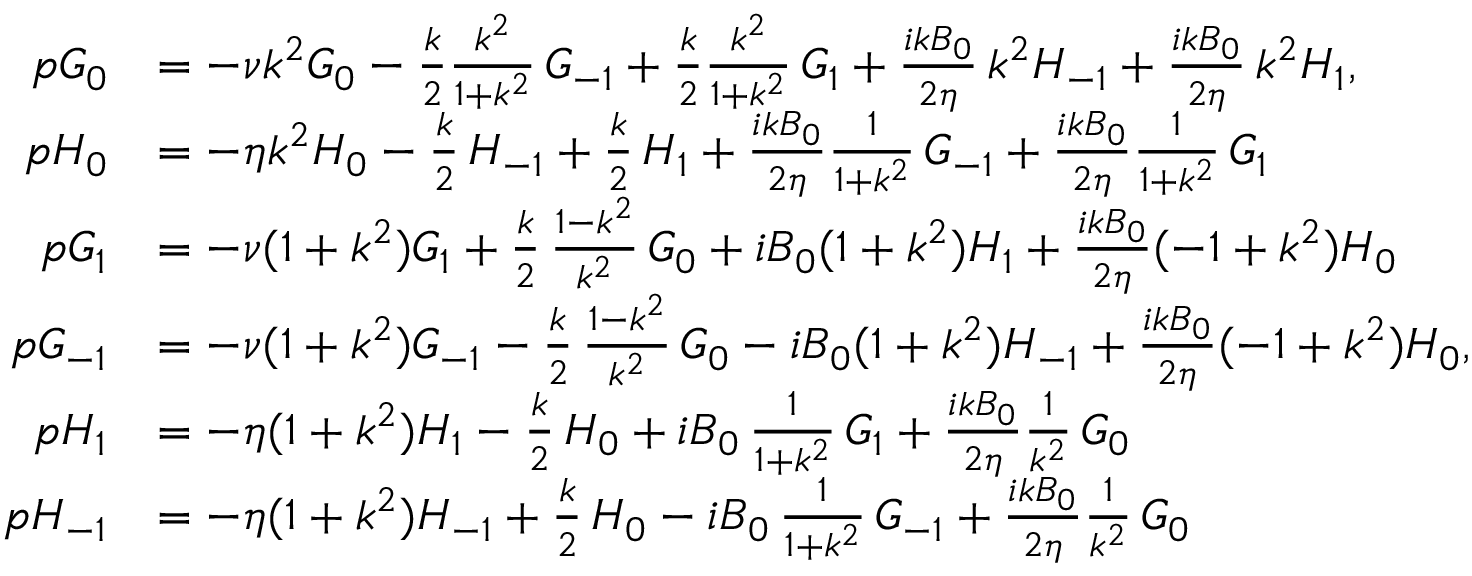
\begin{array} { r l } { p G _ { 0 } } & { = - \nu k ^ { 2 } G _ { 0 } - \frac { k } { 2 } \frac { k ^ { 2 } } { 1 + k ^ { 2 } } \, G _ { - 1 } + \frac { k } { 2 } \frac { k ^ { 2 } } { 1 + k ^ { 2 } } \, G _ { 1 } + \frac { i k B _ { 0 } } { 2 \eta } \, k ^ { 2 } H _ { - 1 } + \frac { i k B _ { 0 } } { 2 \eta } \, k ^ { 2 } H _ { 1 } , } \\ { p H _ { 0 } } & { = - \eta k ^ { 2 } H _ { 0 } - \frac { k } { 2 } \, H _ { - 1 } + \frac { k } { 2 } \, H _ { 1 } + \frac { i k B _ { 0 } } { 2 \eta } \frac { 1 } { 1 + k ^ { 2 } } \, G _ { - 1 } + \frac { i k B _ { 0 } } { 2 \eta } \frac { 1 } { 1 + k ^ { 2 } } \, G _ { 1 } } \\ { p G _ { 1 } } & { = - \nu ( 1 + k ^ { 2 } ) G _ { 1 } + \frac { k } { 2 } \, \frac { 1 - k ^ { 2 } } { k ^ { 2 } } \, G _ { 0 } + i B _ { 0 } ( 1 + k ^ { 2 } ) H _ { 1 } + \frac { i k B _ { 0 } } { 2 \eta } ( - 1 + k ^ { 2 } ) H _ { 0 } } \\ { p G _ { - 1 } } & { = - \nu ( 1 + k ^ { 2 } ) G _ { - 1 } - \frac { k } { 2 } \, \frac { 1 - k ^ { 2 } } { k ^ { 2 } } \, G _ { 0 } - i B _ { 0 } ( 1 + k ^ { 2 } ) H _ { - 1 } + \frac { i k B _ { 0 } } { 2 \eta } ( - 1 + k ^ { 2 } ) H _ { 0 } , } \\ { p H _ { 1 } } & { = - \eta ( 1 + k ^ { 2 } ) H _ { 1 } - \frac { k } { 2 } \, H _ { 0 } + i B _ { 0 } \, \frac { 1 } { 1 + k ^ { 2 } } \, G _ { 1 } + \frac { i k B _ { 0 } } { 2 \eta } \frac { 1 } { k ^ { 2 } } \, G _ { 0 } } \\ { p H _ { - 1 } } & { = - \eta ( 1 + k ^ { 2 } ) H _ { - 1 } + \frac { k } { 2 } \, H _ { 0 } - i B _ { 0 } \, \frac { 1 } { 1 + k ^ { 2 } } \, G _ { - 1 } + \frac { i k B _ { 0 } } { 2 \eta } \frac { 1 } { k ^ { 2 } } \, G _ { 0 } } \end{array}